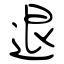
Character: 退